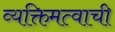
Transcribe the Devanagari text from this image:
व्यक्तिमत्वाची